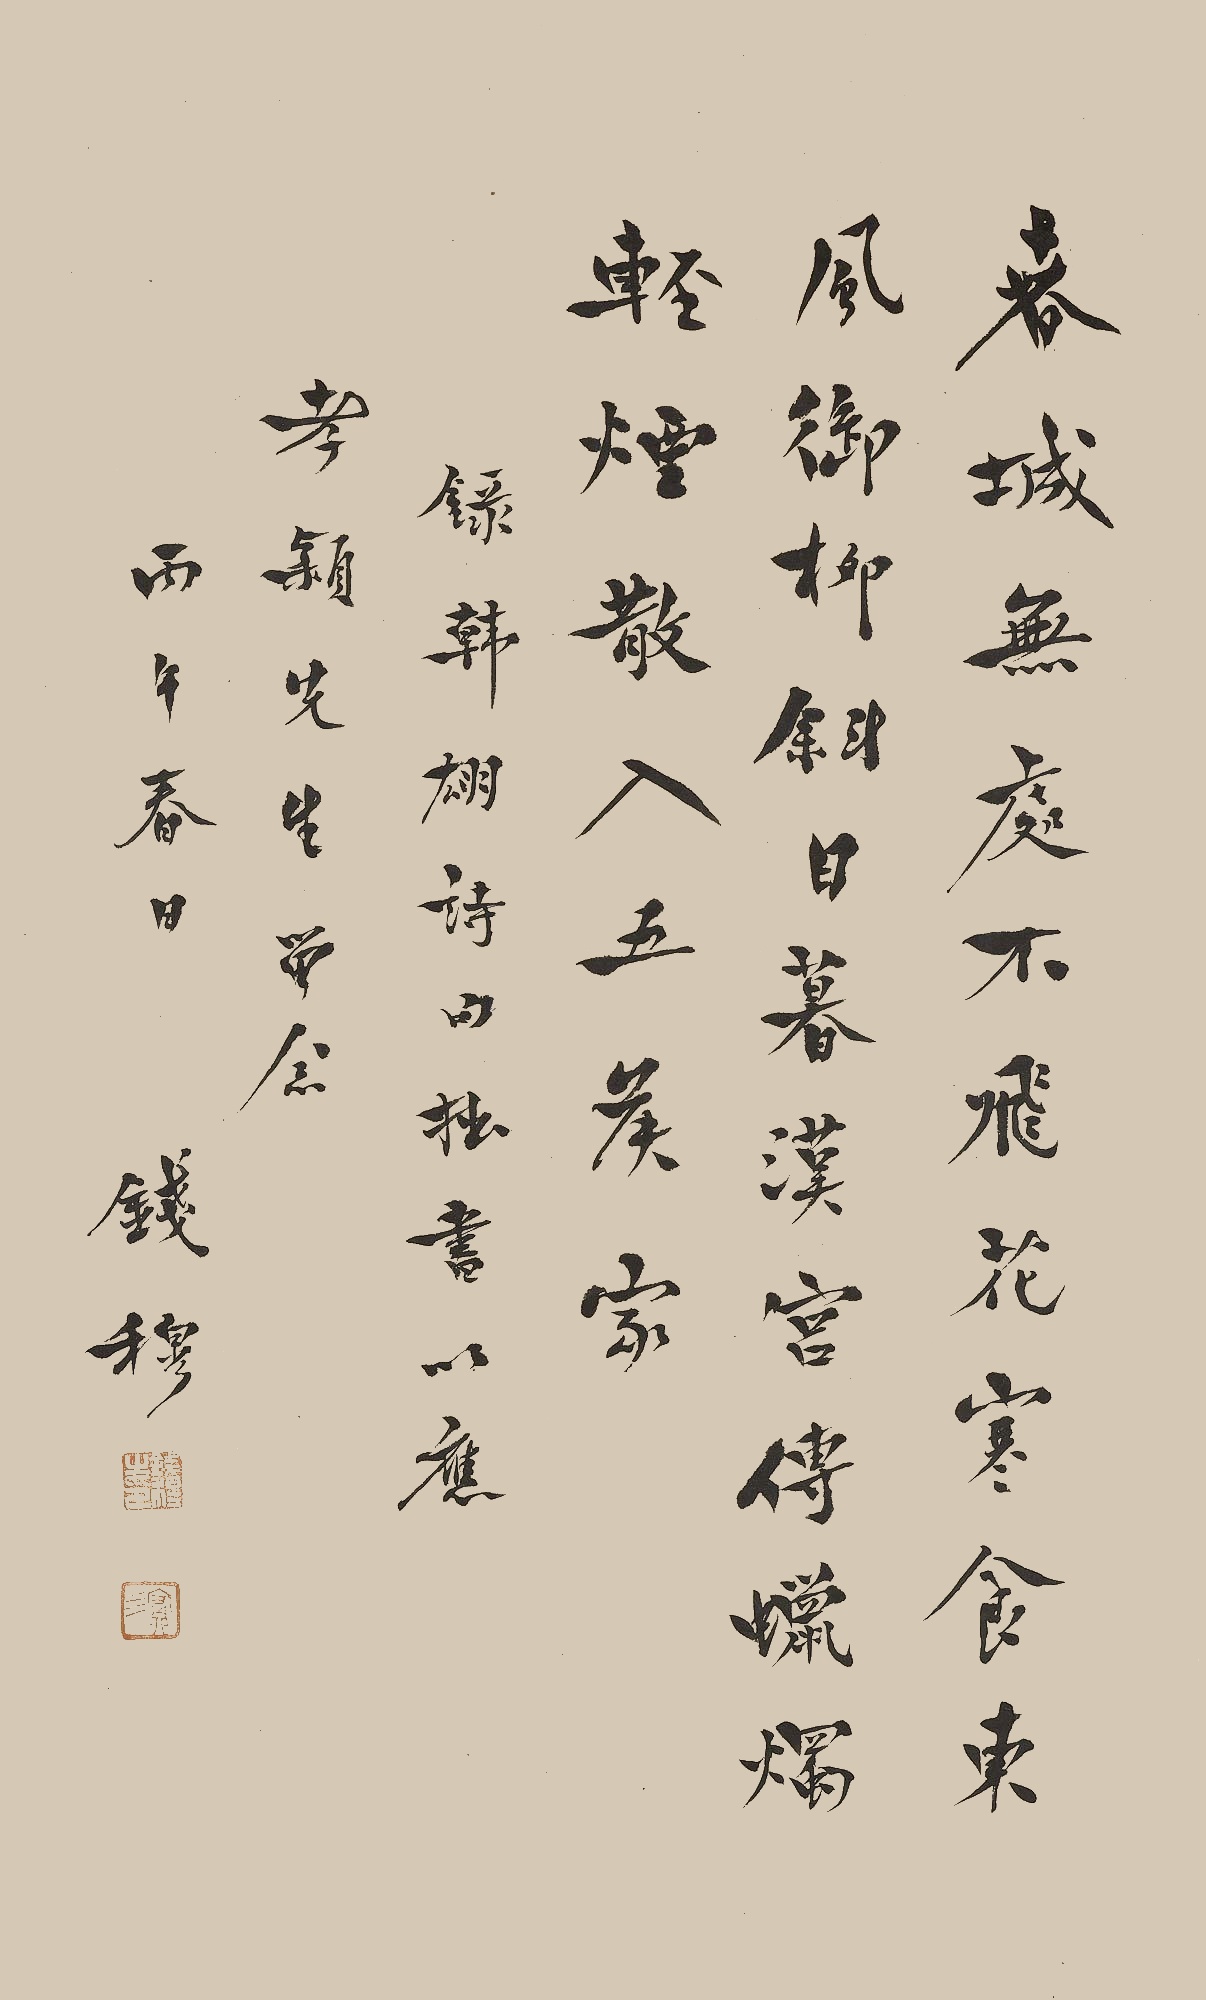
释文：春城无处不飞花，寒食东风御柳斜。日暮汉宫传蜡烛，轻烟散入五侯家。录韩翃诗句，拙书以应孝颖先生留念。丙午（1966）春日，钱穆。